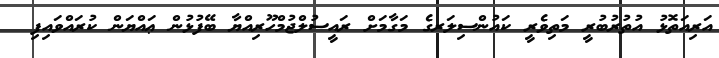
އަރިއަތޮޅު އުތުރުބުރީ މަތިވެރީ ކައުންސިލަރގެ މަގާމަށް ރައީސުލްޖުމްހޫރިއްޔާ ބޭފުޅުން ޢައްޔަން ކުރައްވައިފި